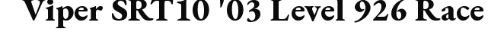
Viper SRT10 '03 Level 926 Race